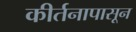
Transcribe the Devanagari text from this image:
कीर्तनापासून